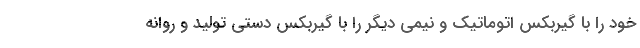
خود را با گیربکس اتوماتیک و نیمی دیگر را با گیربکس دستی تولید و روانه